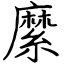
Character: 縻